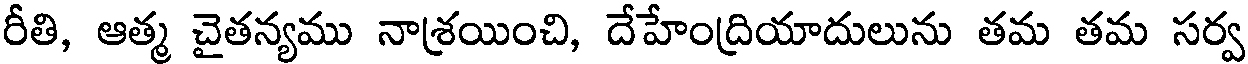
రీతి, ఆత్మ చైతన్యము నాశ్రయించి, దేహేంద్రియాదులును తమ తమ సర్వ